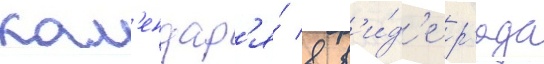
кал'ендар'я́ в в'и́д'е р'яда